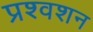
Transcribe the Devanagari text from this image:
प्रश्वशन